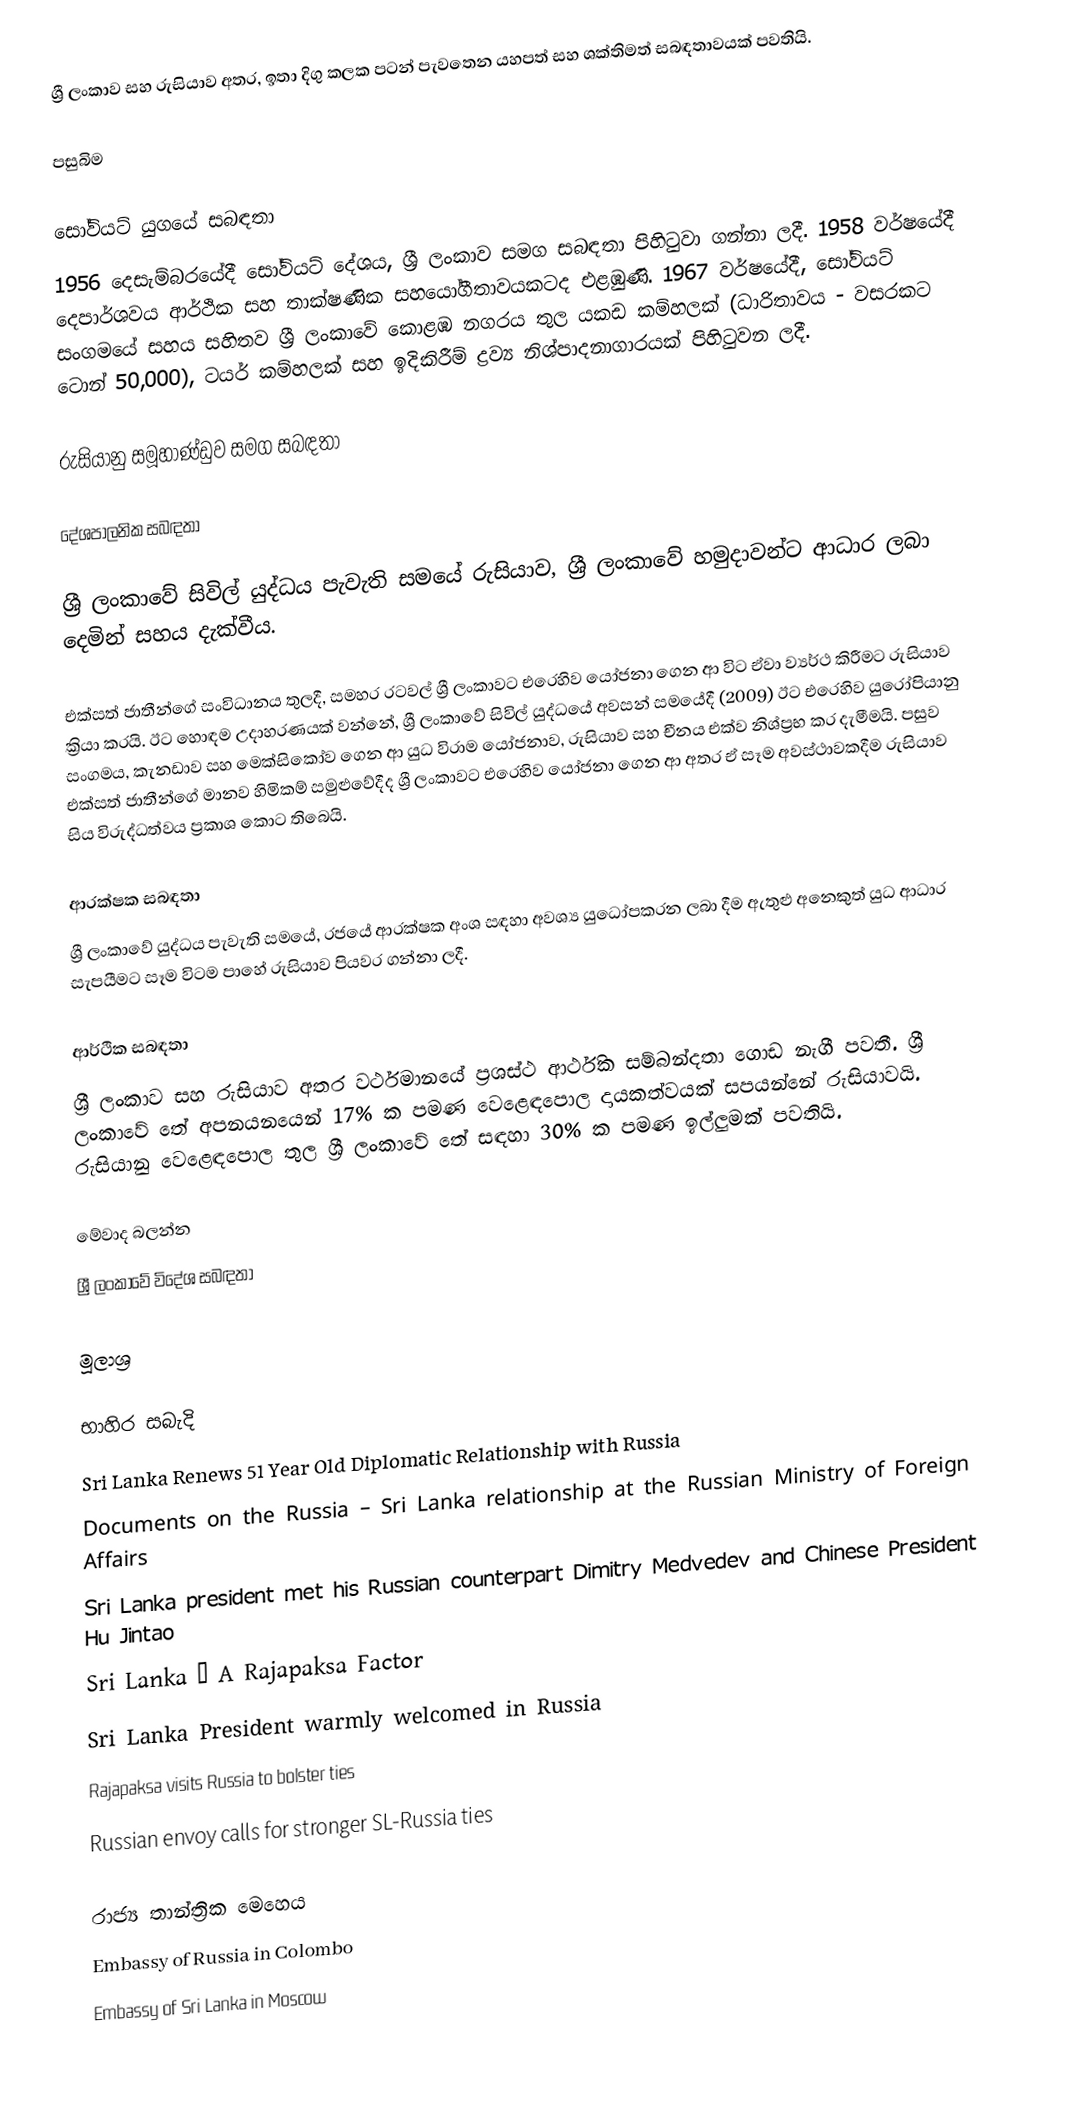
ශ්‍රී ලංකාව සහ රුසියාව අතර, ඉතා දිගු කලක පටන් පැවතෙන යහපත් සහ ශක්තිමත් සබඳතාවයක් පවතියි.

පසුබිම

සෝවියට් යුගයේ සබඳතා
1956 දෙසැම්බරයේදී සෝවියට් දේශය, ශ්‍රී ලංකාව සමග සබඳතා පිහිටුවා ගන්නා ලදී. 1958 වර්ෂයේදී දෙපාර්ශවය ආර්ථික සහ තාක්ෂණික සහයෝගීතාවයකටද එළඹුණි. 1967 වර්ෂයේදී, සෝවියට් සංගමයේ සහය සහිතව ශ්‍රී ලංකාවේ කොළඹ නගරය තුල යකඩ කම්හලක් (ධාරිතාවය - වසරකට ටොන් 50,000), ටයර් කම්හලක් සහ ඉදිකිරීම් ද්‍රව්‍ය නිශ්පාදනාගාරයක් පිහිටුවන ලදී.

රුසියානු සමූහාණ්ඩුව සමග සබඳතා

දේශපාලනික සබඳතා

ශ්‍රී ලංකාවේ සිවිල් යුද්ධය පැවැති සමයේ රුසියාව, ශ්‍රී ලංකාවේ හමුදාවන්ට ආධාර ලබා දෙමින් සහය දැක්වීය.

එක්සත් ජාතීන්ගේ සංවිධානය තුලදී, සමහර රටවල් ශ්‍රී ලංකාවට එරෙහිව යෝජනා ගෙන ආ විට ඒවා ව්‍යර්ථ කිරීමට රුසියාව ක්‍රියා කරයි. ඊට හොඳම උදාහරණයක් වන්නේ, ශ්‍රී ලංකාවේ සිවිල් යුද්ධයේ අවසන් සමයේදී (2009) ඊට එරෙහිව යුරෝපියානු සංගමය, කැනඩාව සහ මෙක්සිකෝව ගෙන ආ යුධ විරාම යෝජනාව, රුසියාව සහ චීනය එක්ව නිශ්ප්‍රභ කර දැමීමයි. පසුව එක්සත් ජාතීන්ගේ මානව හිමිකම් සමුළුවේදීද  ශ්‍රී ලංකාවට එරෙහිව යෝජනා ගෙන ආ අතර ඒ සෑම අවස්ථාවකදීම රුසියාව සිය විරුද්ධත්වය ප්‍රකාශ කොට තිබෙයි.

ආරක්ෂක සබඳතා
ශ්‍රී ලංකාවේ යුද්ධය පැවැති සමයේ, රජයේ ආරක්ෂක අංශ සඳහා අවශ්‍ය යුධෝපකරන ලබා දීම ඇතුළු අනෙකුත් යුධ ආධාර සැපයීමට සෑම විටම පාහේ රුසියාව පියවර ගන්නා ලදී.

ආර්ථික සබඳතා
ශ්‍රී ලංකාව සහ රුසියාව අතර වර්ථමානයේ ප්‍රශස්ථ ආර්ථික සම්බන්දතා ගොඩ නැගී පවතී. ශ්‍රී ලංකාවේ තේ අපනයනයෙන් 17% ක පමණ වෙළෙඳපොල දායකත්වයක් සපයන්නේ රුසියාවයි. රුසියානු වෙළෙඳපොල තුල ශ්‍රී ලංකාවේ තේ සඳහා 30% ක පමණ ඉල්ලුමක් පවතියි.

මේවාද බලන්න
 ශ්‍රී ලංකාවේ විදේශ සබඳතා

මූලාශ්‍ර

භාහිර සබැදි
  Sri Lanka Renews 51 Year Old Diplomatic Relationship with Russia
  Documents on the Russia – Sri Lanka relationship at the Russian Ministry of Foreign Affairs
 Sri Lanka president met his Russian counterpart Dimitry Medvedev and Chinese President Hu Jintao
 Sri Lanka – A Rajapaksa Factor
 Sri Lanka President warmly welcomed in Russia
 Rajapaksa visits Russia to bolster ties
 Russian envoy calls for stronger SL-Russia ties

රාජ්‍ය තාන්ත්‍රික මෙහෙය
  Embassy of Russia in Colombo
   Embassy of Sri Lanka in Moscow